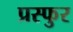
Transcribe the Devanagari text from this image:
प्रस्फुर